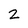
Character: 2